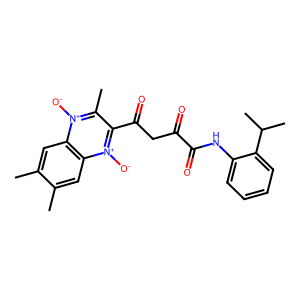
SMILES: Cc1cc2c(cc1C)[n+]([O-])c(C(=O)CC(=O)C(=O)Nc1ccccc1C(C)C)c(C)[n+]2[O-]
Inhibits HIV replication: No